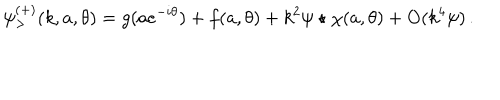
\psi _ { > } ^ { ( + ) } ( k , a , \theta ) = g ( a e ^ { - i \theta } ) + f ( a , \theta ) + k ^ { 2 } \psi \star \chi ( a , \theta ) + \mathrm { O } ( k ^ { 4 } \psi ) \, .